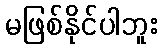
မဖြစ်နိုင်ပါဘူး